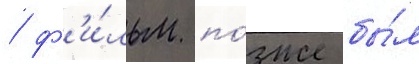
/ ф'и́льм по́зже бы́л